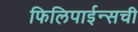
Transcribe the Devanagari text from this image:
फिलिपाईन्सची